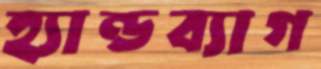
হ্যান্ডব্যাগ